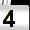
Digit: 4